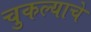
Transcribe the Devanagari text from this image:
चुकल्याचे